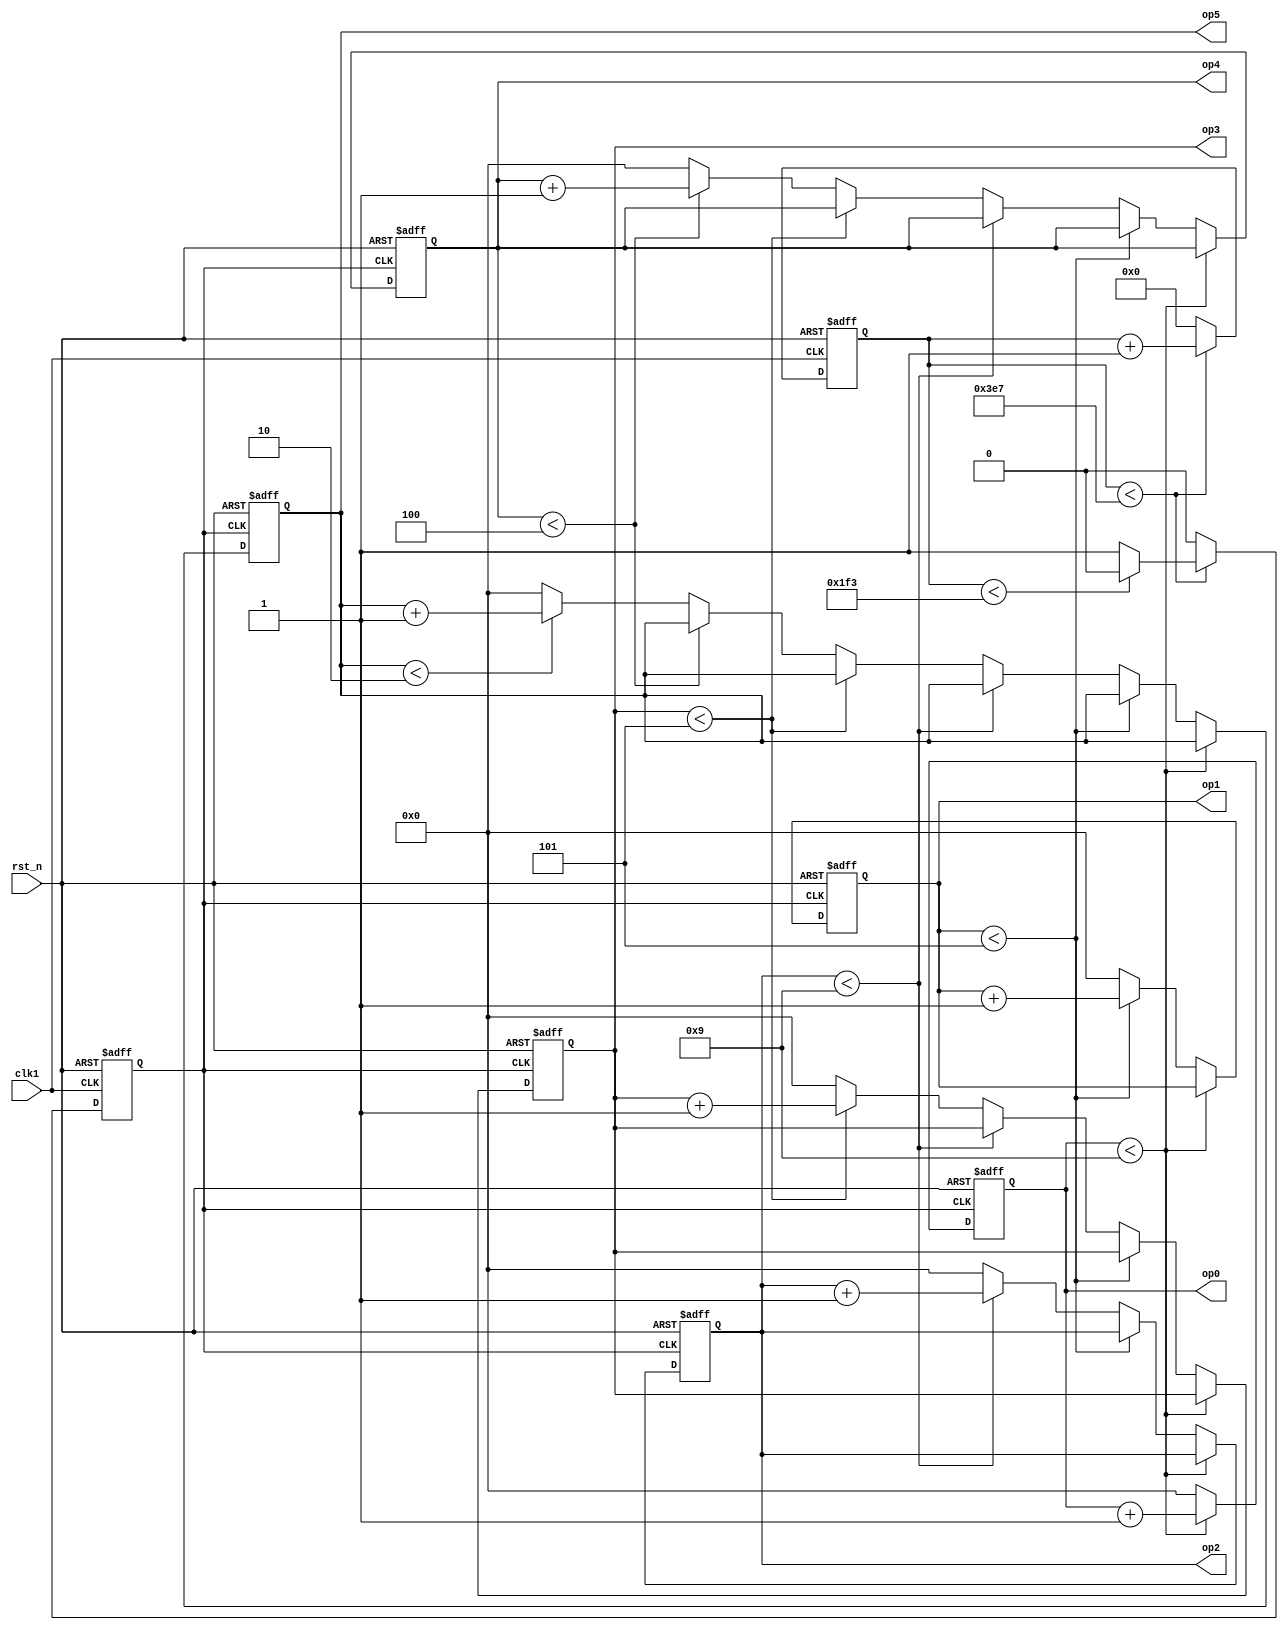
module clk_dis1_count(clk1,rst_n,op0,op1,op2,op3,op4,op5);
input clk1,rst_n; //1KHz
output reg[5:0] op0=6'd0;
output reg[5:0] op1=6'd0;
output reg[5:0] op2=6'd0;
output reg[5:0] op3=6'd0;
output reg[5:0] op4=6'd0;
output reg[5:0] op5=6'd0;//op0,op1,op2,op3,op4,op5

//reg[9:0] count_clk1=10'd0;
//parameter N2=50; //1KHz->2Hz,clk_divicecount3
parameter N2=1000;//1Hz,,.1024,
  reg clk3=1'b0;//clk3,2Hz
  reg[9:0] count_clk1=10'd0;//
  
 always@(posedge clk1 or negedge rst_n)
 begin
   if(!rst_n)
	  begin
	    count_clk1<=10'd0;
		 clk3<=1'b0;
	  end
	else
	  if(count_clk1<N2-1)
	    begin
		   count_clk1<=count_clk1+1'b1;
			if(count_clk1<(N2/2-1))
			  clk3<=1'b0;
			else
			  clk3<=1'b1;
	    end
	  else
	  begin
	    count_clk1<=10'd0;
		 clk3<=1'b0;
	  end
end

always@(posedge clk3 or negedge rst_n)
begin
  if(!rst_n)
    begin
	   op0<='d0;
		op1<='d0;
		op2<='d0;
		op3<='d0;
		op4<='d0;
		op5<='d0;
	 end
  else
  begin
    if(op0<9)
	   op0<=op0+1'b1;//9,,0
	 else
	   begin
		  if(op1<5)
		    op1<=op1+1'b1;//9,5,5,,59->00,00
		  else
		    begin
			   if(op2<9)
				  op2<=op2+1'b1;//60,.
				else
				  begin
				    if(op3<5)
					   op3<=op3+1'b1;
					 else
					   begin
						  if(op4<4)
						    op4<=op4+1'b1;//4,,0.
						  else
						    begin
							   if(op5<2)
								  op5<=op5+1'b1;
								else
								  op5<='d0;
								op4<='d0;
						    end
							 op3<='d0;
						  end
						  op2<='d0;
						end
						op1<='d0;
					end
					op0<='d0;
				end
			end
end
endmodule